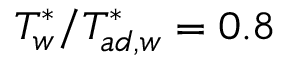
T _ { w } ^ { \ast } / T _ { a d , w } ^ { \ast } = 0 . 8